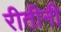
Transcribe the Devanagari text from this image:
रीतीनी